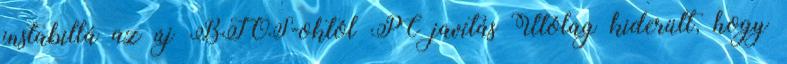
instabillá az új BIOS-októl PC javítás Utólag kiderült, hogy